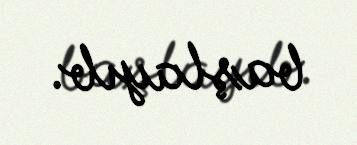
başlayıb.